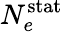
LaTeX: N_{e}^{\mathrm{stat}}